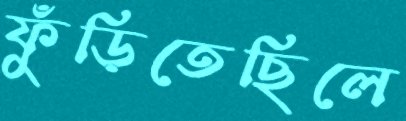
ফুঁড়িতেছিলে